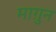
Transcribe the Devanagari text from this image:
माग़ुन